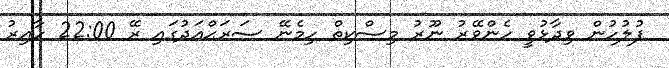
ފުލުހުން ވިދާޅުވީ ހެންވޭރު ނޫރު މިސްކިތް ހިމެނޭ ސަރަޙްއަދުގައި ރޭ 22:00 ހާއިރު